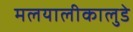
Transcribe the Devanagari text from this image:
मलयालीकालुडे